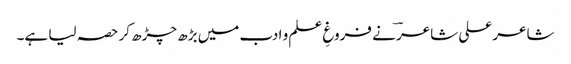
شاعر علی شاعرؔ نے فروغِ علم و ادب میں بڑھ چڑھ کر حصہ لیا ہے۔